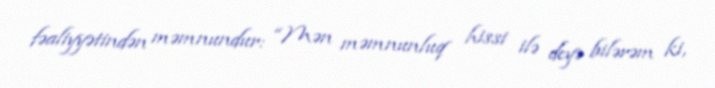
fəaliyyətindən məmnundur: “Mən məmnunluq hissi ilə deyə bilərəm ki,